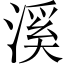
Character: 溪